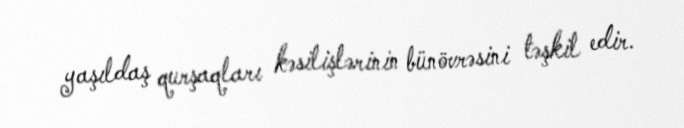
yaşıldaş qurşaqları kəsilişlərinin bünövrəsini təşkil edir.